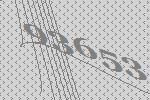
93653